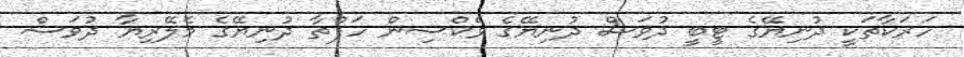
ހަރަކާތަކީ ދުނިޔޭގެ ޓީބީ ދުވަސް ދުނިޔޭގެ ވެކްސިން ހަފްތާ ދުނިޔޭގެ މެލޭރިޔާ ދުވަސް